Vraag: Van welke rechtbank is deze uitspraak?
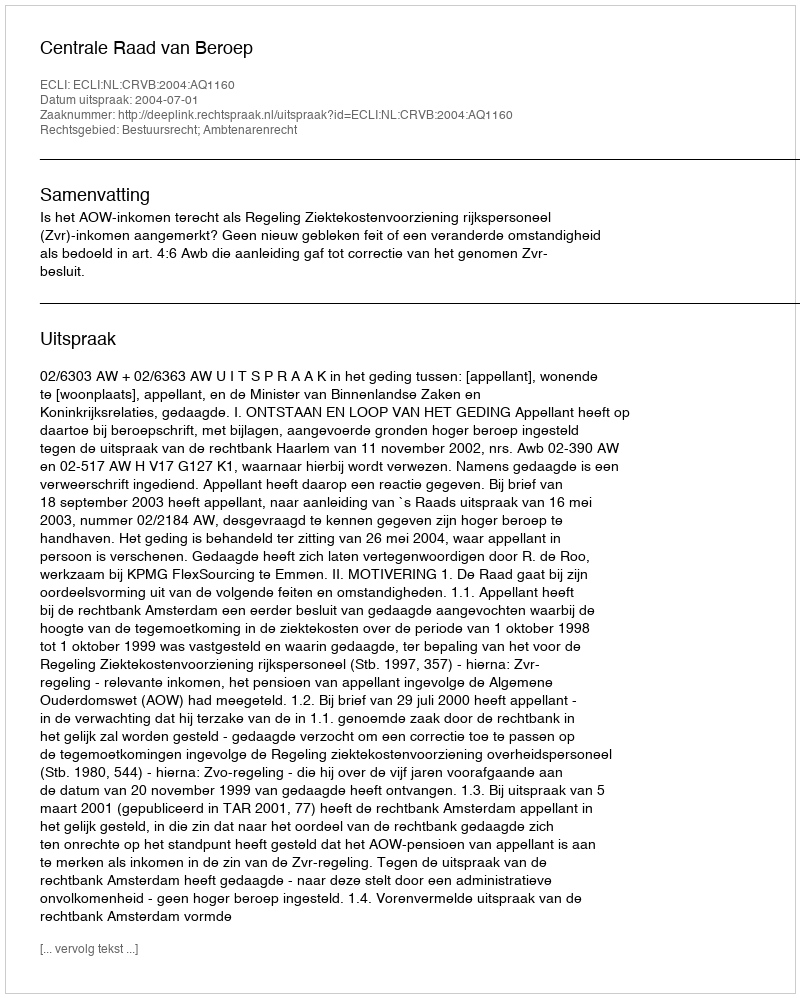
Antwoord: Centrale Raad van Beroep